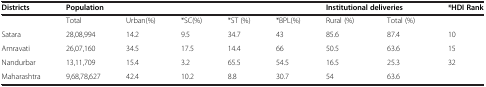
<table><thead><tr><td><b>Districts</b></td><td colspan="5"><b>Population</b></td><td colspan="2"><b>Institutional deliveries</b></td><td><b>*HDI Rank</b></td></tr></thead><tbody><tr><td> </td><td>Total</td><td>Urban(%)</td><td>*SC(%)</td><td>*ST (%)</td><td>*BPL(%)</td><td>Rural (%)</td><td>Total (%)</td><td> </td></tr><tr><td>Satara</td><td>28,08,994</td><td>14.2</td><td>9.5</td><td>34.7</td><td>43</td><td>85.6</td><td>87.4</td><td>10</td></tr><tr><td>Amravati</td><td>26,07,160</td><td>34.5</td><td>17.5</td><td>14.4</td><td>66</td><td>50.5</td><td>63.6</td><td>15</td></tr><tr><td>Nandurbar</td><td>13,11,709</td><td>15.4</td><td>3.2</td><td>65.5</td><td>54.5</td><td>16.5</td><td>25.3</td><td>32</td></tr><tr><td>Maharashtra</td><td>9,68,78,627</td><td>42.4</td><td>10.2</td><td>8.8</td><td>30.7</td><td>54</td><td>63.6</td><td> </td></tr></tbody></table>